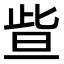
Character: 𣆟